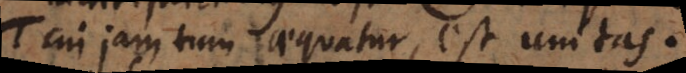
T cui jam tum aequatur, est unitas.